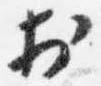
於